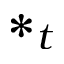
\ast _ { t }